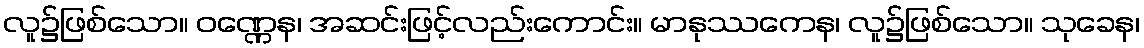
လူ၌ဖြစ်သော။ ဝဏ္ဏေန၊ အဆင်းဖြင့်လည်းကောင်း။ မာနုဿကေန၊ လူ၌ဖြစ်သော။ သုခေန၊